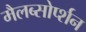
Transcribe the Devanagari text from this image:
मैलब्सोर्प्शन